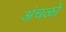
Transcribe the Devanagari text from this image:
अंचळो